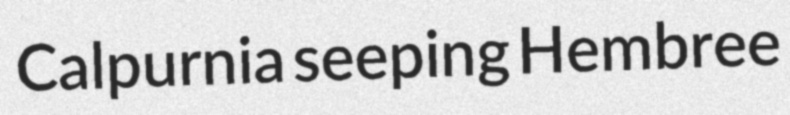
Calpurnia seeping Hembree